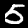
Label: 5